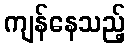
ကျန်နေသည့်